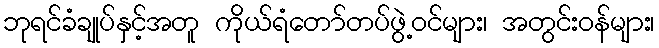
ဘုရင်ခံချုပ်နှင့်အတူ ကိုယ်ရံတော်တပ်ဖွဲ့ဝင်များ၊ အတွင်းဝန်များ၊